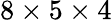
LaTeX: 8\times 5\times 4